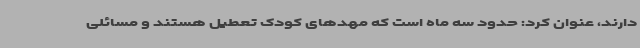
دارند، عنوان کرد: حدود سه ماه است که مهدهای کودک تعطیل هستند و مسائلی